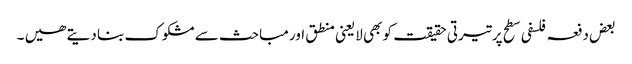
بعض دفعہ فلسفی سطح پر تیرتی حقیقت کو بھی لایعنی منطق اور مباحث سے مشکوک بنا دیتے ھیں ۔